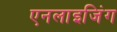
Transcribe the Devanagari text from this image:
एनलाइजिंग